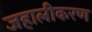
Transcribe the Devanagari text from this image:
जहालीकरण